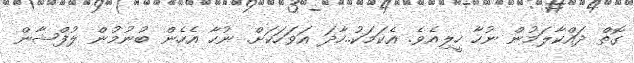
ގޮތް ދައްކާލަމުން ނުހާ ހީލިއެވެ. އެކަމަކު..ހާދަ އަވަހަކަށް. ނުހާ އެހެން ބުނުމުން ލުފްޝާން